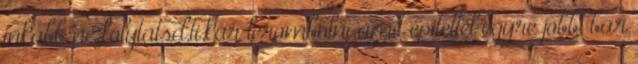
inkább ne folytatsd,ti.kár lerombolni amit építettél egyre jobb, bár